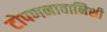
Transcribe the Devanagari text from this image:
टोपणनावानिशी